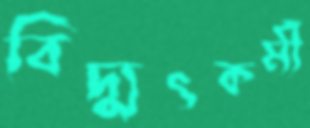
বিদ্যুৎকর্মী